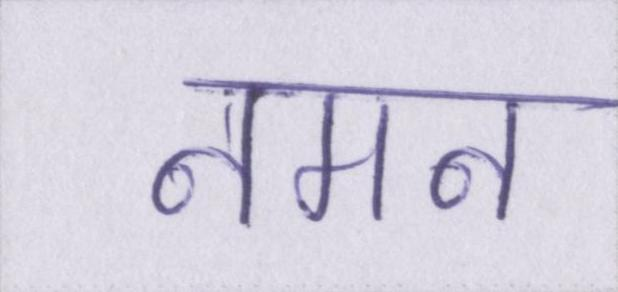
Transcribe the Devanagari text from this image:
नमन